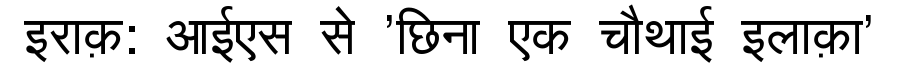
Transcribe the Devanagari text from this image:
इराक़: आईएस से 'छिना एक चौथाई इलाक़ा'